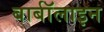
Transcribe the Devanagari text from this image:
बार्बॉलाइन